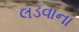
લડવાના